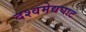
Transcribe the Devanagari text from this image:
दश्‍वमेद्यघाट